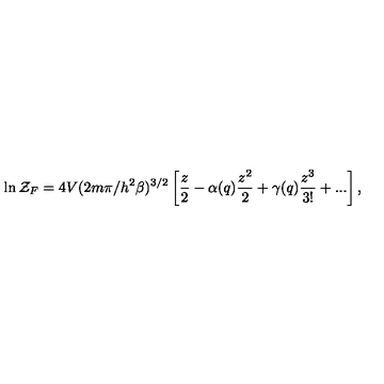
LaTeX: \ln { \cal Z } _ { F } = 4 V ( 2 m \pi / h ^ { 2 } \beta ) ^ { 3 / 2 } \left[ \frac { z } { 2 } - \alpha ( q ) \frac { z ^ { 2 } } { 2 } + \gamma ( q ) \frac { z ^ { 3 } } { 3 ! } + . . . \right] ,